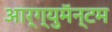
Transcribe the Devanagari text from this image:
आर्ग्युमॅन्टम